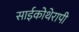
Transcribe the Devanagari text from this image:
साईकोथेरापी